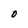
Character: O